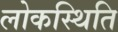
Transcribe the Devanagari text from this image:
लोकस्थिति